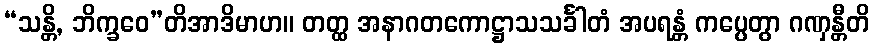
“သန္တိ, ဘိက္ခဝေ”တိအာဒိမာဟ။ တတ္ထ အနာဂတကောဋ္ဌာသသင်္ခါတံ အပရန္တံ ကပ္ပေတွာ ဂဏှန္တီတိ